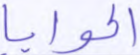
الحوايا